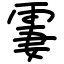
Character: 霋